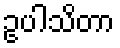
ဥပါသိတာ